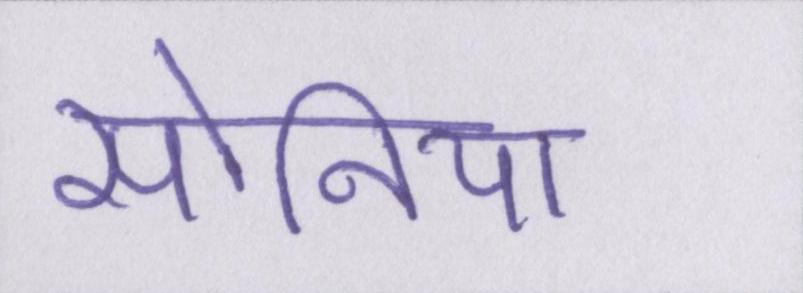
सोनिया